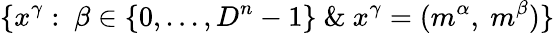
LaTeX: \{ x^{\gamma}:~\beta\in\{ 0,...,D^{n}-1\} ~\& ~x^{\gamma}=(m^{\alpha},~m^{\beta})\}